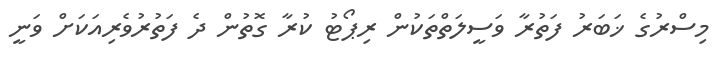
މިސްރުގެ ޚަބަރު ފަތުރާ ވަސީލަތްތަކުން ރިޕޯޓު ކުރާ ގޮތުން ދެ ފަތުރުވެރިއަކަށް ވަނީ